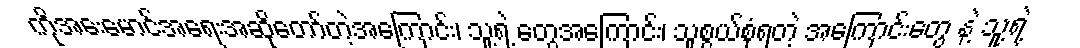
ကိုအေးမောင်အရေးအဆိုတော်တဲ့အကြောင်း၊ သူ့ရဲ့ တွေအကြောင်း၊ သူစွယ်စုံရတဲ့ အကြောင်းတွေ နဲ့ သူ့ရဲ့